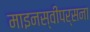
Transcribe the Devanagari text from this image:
माइनस्वीपर्सना